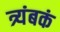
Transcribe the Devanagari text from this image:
त्र्यंबकं